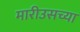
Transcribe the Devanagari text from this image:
मारीउसच्या